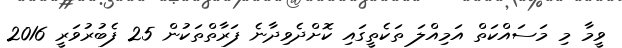
ވީމާ މި މަސައްކަތް އަމިއްލަ ތަކެތީގައި ކޮށްދެވިދާނެ ފަރާތްތަކުން 25 ފެބުރުވަރީ 2016